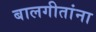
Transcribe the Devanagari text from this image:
बालगीतांना